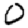
Digit: 0